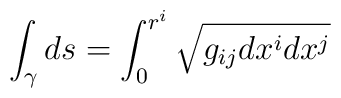
\int_\gamma ds = \int_0^{r^i} \sqrt{g_{ij}dx^i dx^j}